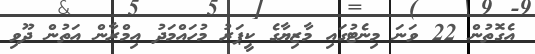
އެގޮތުން 22 ވަނަ މިނެޓުގައި މާޒިޔާގެ ކީޕަރު މުހައްމަދު އިމްރާން އަތުން ދޫވި